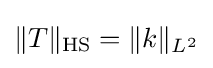
\Vert T\Vert _{\mathrm {HS} }=\Vert k\Vert _{L^{2}}